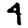
Digit: 4